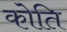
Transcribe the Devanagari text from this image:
कोति